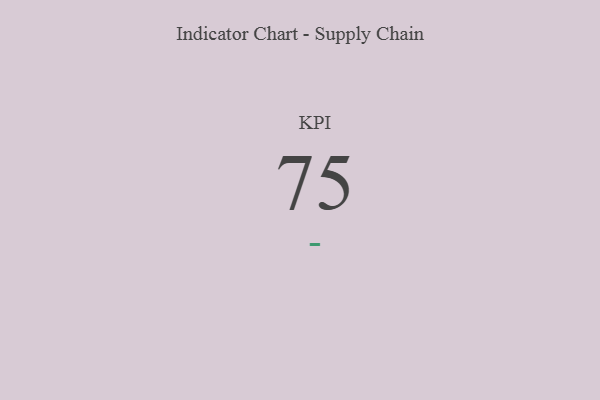
{"axis": {"x": "KPI", "y": "Value"}, "legend": [""], "data": [{"x": "KPI", "y": 75, "type": ""}]}